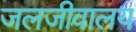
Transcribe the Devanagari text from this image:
जलजीवालय